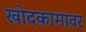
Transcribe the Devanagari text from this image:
खोदकामावर